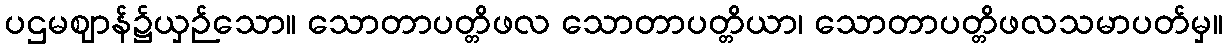
ပဌမဈာန်၌ယှဉ်သော။ သောတာပတ္တိဖလ သောတာပတ္တိယာ၊ သောတာပတ္တိဖလသမာပတ်မှ။